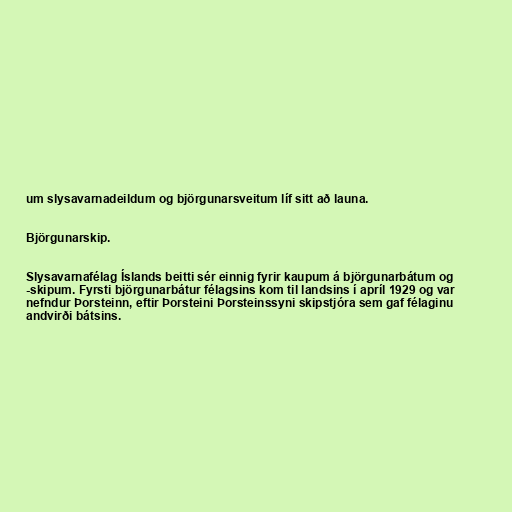
um slysavarnadeildum og björgunarsveitum líf sitt að launa.

Björgunarskip.

Slysavarnafélag Íslands beitti sér einnig fyrir kaupum á björgunarbátum og
-skipum. Fyrsti björgunarbátur félagsins kom til landsins í apríl 1929 og var
nefndur Þorsteinn, eftir Þorsteini Þorsteinssyni skipstjóra sem gaf félaginu
andvirði bátsins.